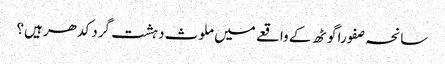
سانحہ صفورا گوٹھ کے واقعے میں ملوث دہشت گرد کدھر ہیں؟